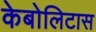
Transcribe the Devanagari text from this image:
केबोलिटास